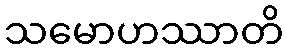
သမောဟဿာတိ